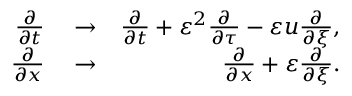
\begin{array} { r l r } { \frac { \partial } { \partial t } } & { { } \to } & { \frac { \partial } { \partial t } + \varepsilon ^ { 2 } \frac { \partial } { \partial \tau } - \varepsilon u \frac { \partial } { \partial \xi } , } \\ { \frac { \partial } { \partial x } } & { { } \to } & { \frac { \partial } { \partial x } + \varepsilon \frac { \partial } { \partial \xi } . } \end{array}